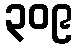
၃၀၉